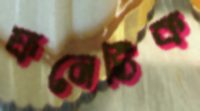
ফনেটিক